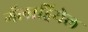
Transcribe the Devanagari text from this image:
गॅलाड्रियेल